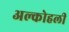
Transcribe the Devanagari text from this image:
अल्कोहली